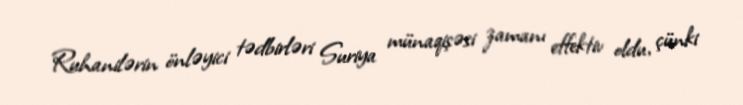
Ruhanilərin önləyici tədbirləri Suriya münaqişəsi zamanı effektiv oldu, çünki